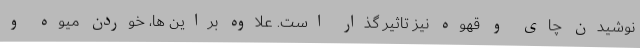
نوشیدن چای و قهوه نیز تاثیر گذار است. علاوه براین ها، خوردن میوه و